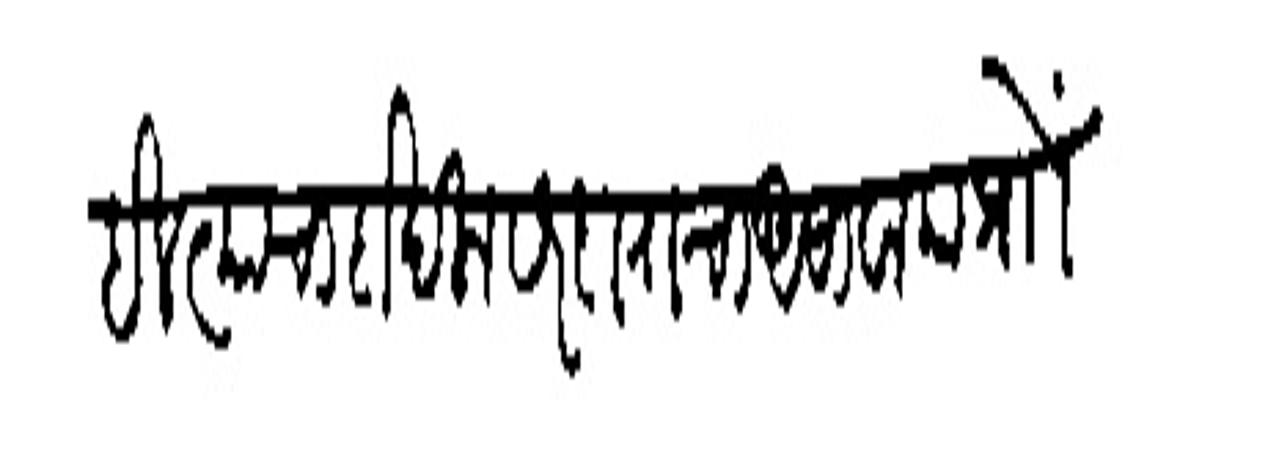
Transliteration (Devanagari): होईल त्याचा दाखला सरदाराचा असावा या प्रोा